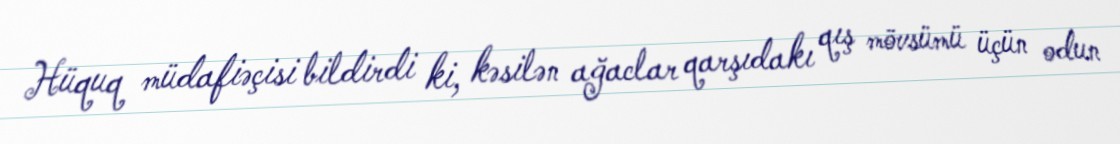
Hüquq müdafiəçisi bildirdi ki, kəsilən ağaclar qarşıdakı qış mövsümü üçün odun